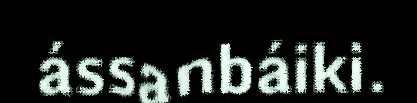
ássanbáiki.